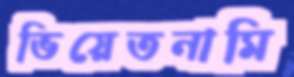
ভিয়েতনামি